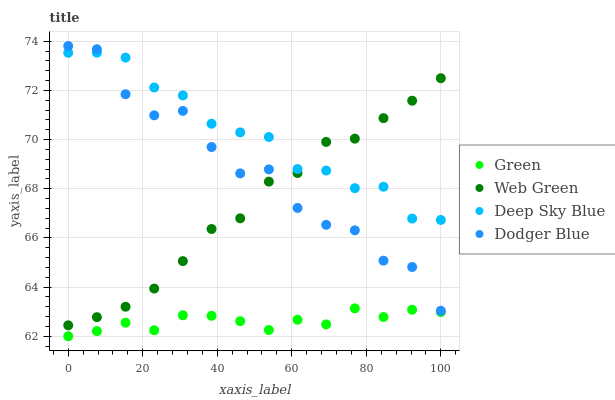
| xaxis_label | Green | Web Green | Deep Sky Blue | Dodger Blue |
 | --- | --- | --- | --- | --- |
 | 0 | 62 | 62.4 | 73.5 | 73.8 |
 | 7.69 | 62.2 | 62.8 | 73.5 | 73.7 |
 | 15.4 | 62.6 | 63.2 | 73.3 | 71.8 |
 | 23.1 | 62.2 | 63.9 | 72.1 | 71 |
 | 30.8 | 62.9 | 65.1 | 71.8 | 71.2 |
 | 38.5 | 62.8 | 66.4 | 70.6 | 69.7 |
 | 46.2 | 62.6 | 66.8 | 70.3 | 68.6 |
 | 53.8 | 62.3 | 68.3 | 70.1 | 68.8 |
 | 61.5 | 62.7 | 68.6 | 68.8 | 67.2 |
 | 69.2 | 62.5 | 69.9 | 68.7 | 66.5 |
 | 76.9 | 63.1 | 70 | 68 | 66.3 |
 | 84.6 | 62.8 | 70.9 | 68.1 | 65.1 |
 | 92.3 | 63.1 | 71.6 | 66.8 | 64.8 |
 | 100 | 63 | 72.5 | 66.7 | 63 |